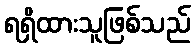
ရရှိထားသူဖြစ်သည်